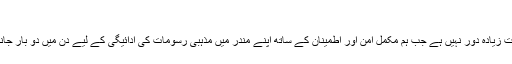
"
انہوں نے کہا، "وہ وقت زیادہ دور نہیں ہے جب ہم مکمل امن اور اطمینان کے ساتھ اپنے مندر میں مذہبی رسومات کی ادائیگی کے لیے دن میں دو بار جانے کے قابل ہوں گے۔